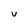
Character: u